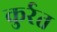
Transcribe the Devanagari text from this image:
कुर्रत